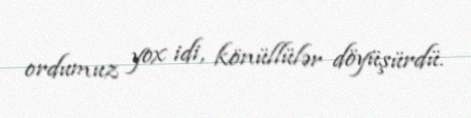
ordumuz yox idi, könüllülər döyüşürdü.